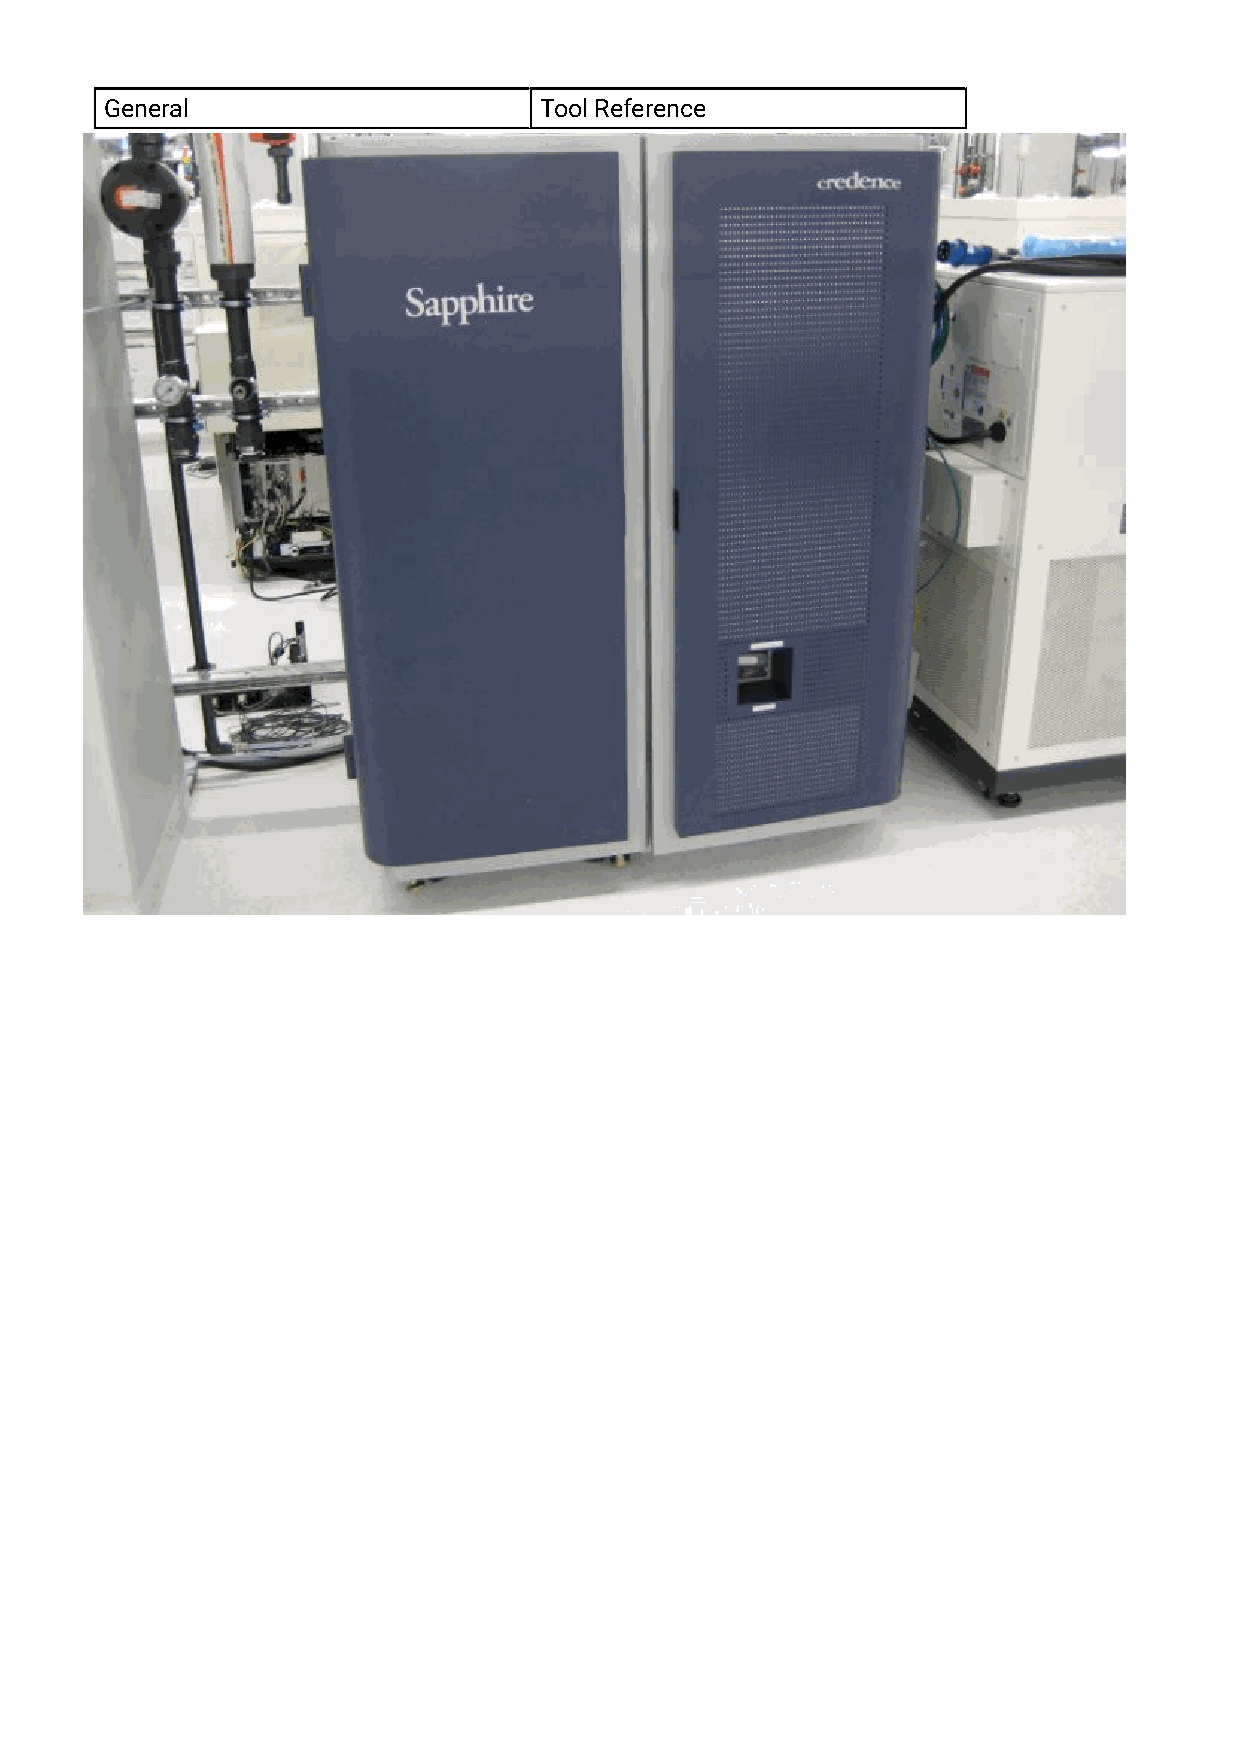
General                      Tool Reference